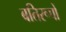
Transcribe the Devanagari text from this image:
बतिरूपों